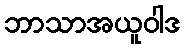
ဘာသာအယူဝါဒ